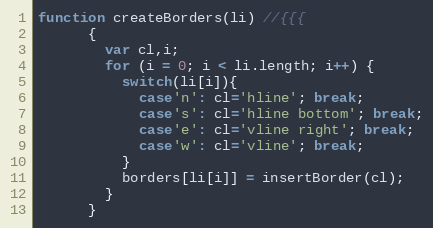
Language: JavaScript
function createBorders(li) //{{{
      {
        var cl,i;
        for (i = 0; i < li.length; i++) {
          switch(li[i]){
            case'n': cl='hline'; break;
            case's': cl='hline bottom'; break;
            case'e': cl='vline right'; break;
            case'w': cl='vline'; break;
          }
          borders[li[i]] = insertBorder(cl);
        }
      }